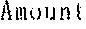
AMOUNT